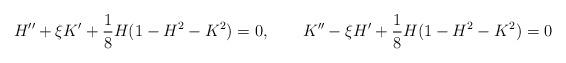
LaTeX: \begin{align*}H''+\xi K' + \frac18H(1-H^2-K^2) = 0, \qquad K''-\xi H' + \frac18H(1-H^2-K^2) = 0\end{align*}